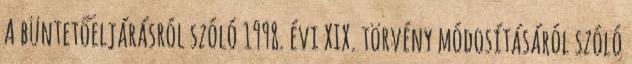
A büntetőeljárásról szóló 1998. évi XIX. törvény módosításáról szóló